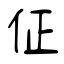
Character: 佂